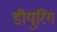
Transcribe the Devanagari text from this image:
डीयुरिंग